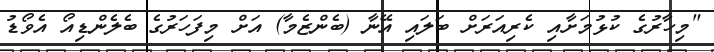
"މިހާރުގެ ކުޅުމަށާއި ކެރިއަރަށް ބަލައި އޭނާ (ބެންޒެމާ) އަށް މިފަހަރުގެ ބެލެންޑިއޯ އެވޯޑު